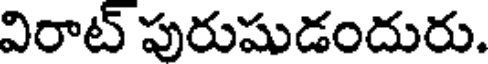
విరాట్ పురుషుడందురు.